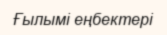
Ғылымі еңбектері